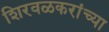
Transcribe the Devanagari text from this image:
शिरवळकरांच्या